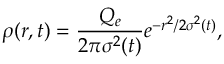
\rho ( r , t ) = \frac { Q _ { e } } { 2 \pi \sigma ^ { 2 } ( t ) } e ^ { - r ^ { 2 } / 2 \sigma ^ { 2 } ( t ) } ,